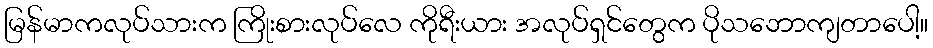
မြန်မာကလုပ်သားက ကြိုးစားလုပ်လေ ကိုရီးယား အလုပ်ရှင်တွေက ပိုသဘောကျတာပေါ့။